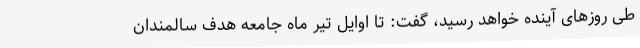
طی روزهای آینده خواهد رسید، گفت: تا اوایل تیر ماه جامعه هدف سالمندان